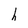
Character: h